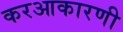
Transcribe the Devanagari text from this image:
करआकारणी